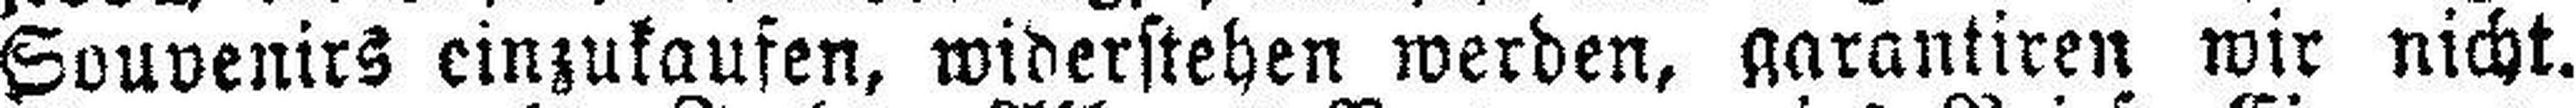
Souvenirs einzukaufen, widerstehen werden, garautiren wir nicht.